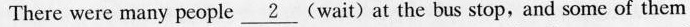
There were many people \underline{2}